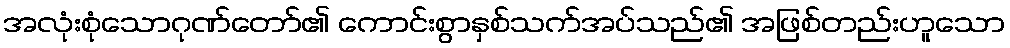
အလုံးစုံသောဂုဏ်တော်၏ ကောင်းစွာနှစ်သက်အပ်သည်၏ အဖြစ်တည်းဟူသော